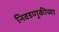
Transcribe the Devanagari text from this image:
निवडणूकीच्या